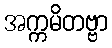
အက္ကမိတဗ္ဗာ